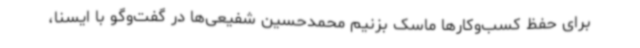
برای حفظ کسب‌وکارها ماسک بزنیم محمدحسین شفیعی‌ها در گفت‌وگو با ایسنا،